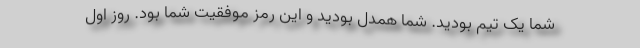
شما یک تیم بودید. شما همدل بودید و این رمز موفقیت شما بود. روز اول